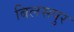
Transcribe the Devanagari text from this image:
बिलसपुर